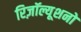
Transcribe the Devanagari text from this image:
रिज़ॉल्यूशनों